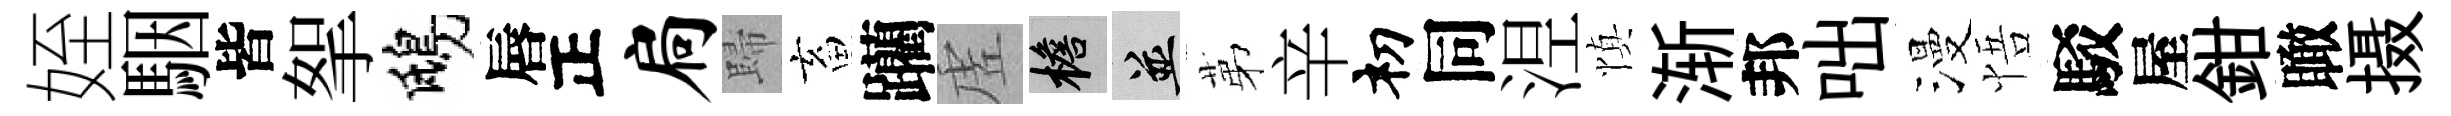
姪駰皆挐鴟唇正扃歸畜躪虗檐并苐辛𥘉同𣵀慎渐邦咄漫悟駁屋鉗瞰摄